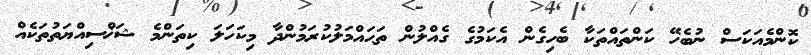
ކޮންމެއަކަސް ނުބެހޭ ކަންތައްތަކާ ބެހިގެން އެކަމުގެ ގެއްލުން ތަޙައްމަލުކުރަމުންދާ މިކަހަލަ ކިތަންމެ ޝަޚްސިއްޔަތުތަކެއް